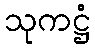
သုကဋ္ဌံ